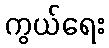
ကွယ်ရေး